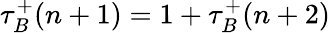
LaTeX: \tau_{B}^{+}(n+1)=1+\tau_{B}^{+}(n+2)